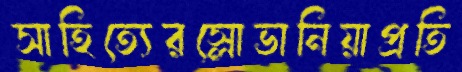
সাহিত্যেরস্লোভানিয়াপ্রতি